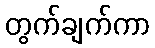
တွက်ချက်ကာ